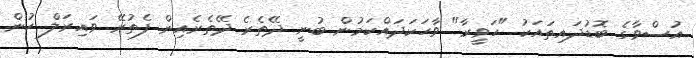
އުސްވާގެ ބޮޑުދައިތައަކު "ހަވީރާ" ވާހަކަދައްކަމުން ބުނީ ދޭތެރެ ދޭތެރެއިން ފެތުރޭ ވައިރަލް ހުން